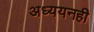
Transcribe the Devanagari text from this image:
अध्ययनही